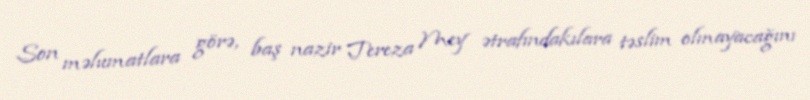
Son məlumatlara görə, baş nazir Tereza Mey ətrafındakılara təslim olmayacağını